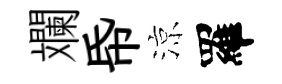
斕帋涼羅